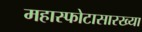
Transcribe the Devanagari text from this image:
महास्फोटासारख्या